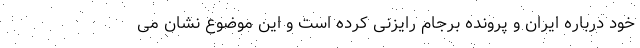
خود درباره ایران و پرونده برجام رایزنی کرده است و این موضوع نشان می